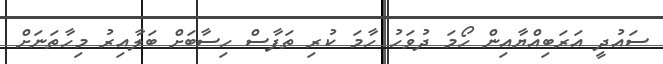
ސައުދީ އަރަބިއްޔާއިން ހޯމަ ދުވަހު ހާމަ ކުރި ތަފާސް ހިސާބަށް ބަލާއިރު މިހާތަނަށް